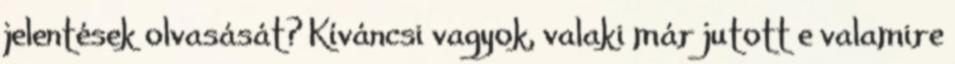
jelentések olvasását? Kíváncsi vagyok, valaki már jutott e valamire